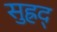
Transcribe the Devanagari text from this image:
सुह्रद्